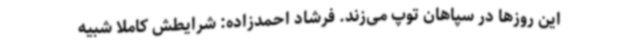
این روزها در سپاهان توپ می‌زند. فرشاد احمدزاده: شرایطش کاملا شبیه